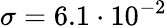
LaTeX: \sigma=6.1\cdot 10^{-2}